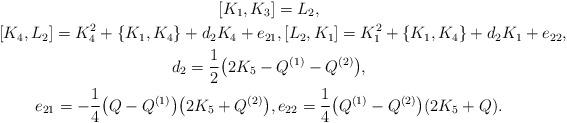
LaTeX: \begin{gather*} [K_1, K_3 ] = L_2,\\ [K_4, L_2 ] = K_4^2+\{K_1, K_4\}+d_2K_4+e_{21}, [L_2, K_1 ] = K_1^2+\{K_1, K_4\}+d_2K_1+e_{22},\\d_2=\frac{1}{2}\big(2K_5-Q^{(1)}-Q^{(2)}\big), \\e_{21}=-\frac{1}{4}\big(Q-Q^{(1)}\big)\big(2K_5+Q^{(2)}\big), e_{22}=\frac{1}{4}\big(Q^{(1)}-Q^{(2)}\big)(2K_5+Q) .\end{gather*}